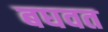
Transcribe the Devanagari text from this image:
बघवत